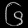
Digit: ၆